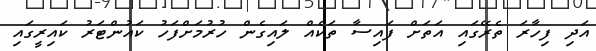
އަދި ފިހާރަ ތެރޭގައި އަތަށް ފައިސާ ތަކެއް ލައިގެން ހުރުމަށްފަހު ކައުންޓަރު ކައިރީގައި